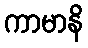
ကာမာနိ